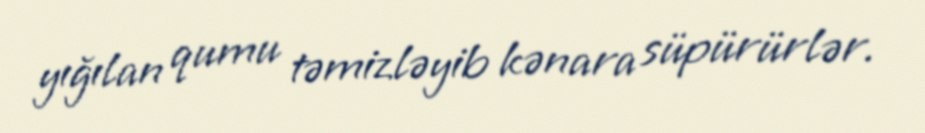
yığılan qumu təmizləyib kənara süpürürlər.